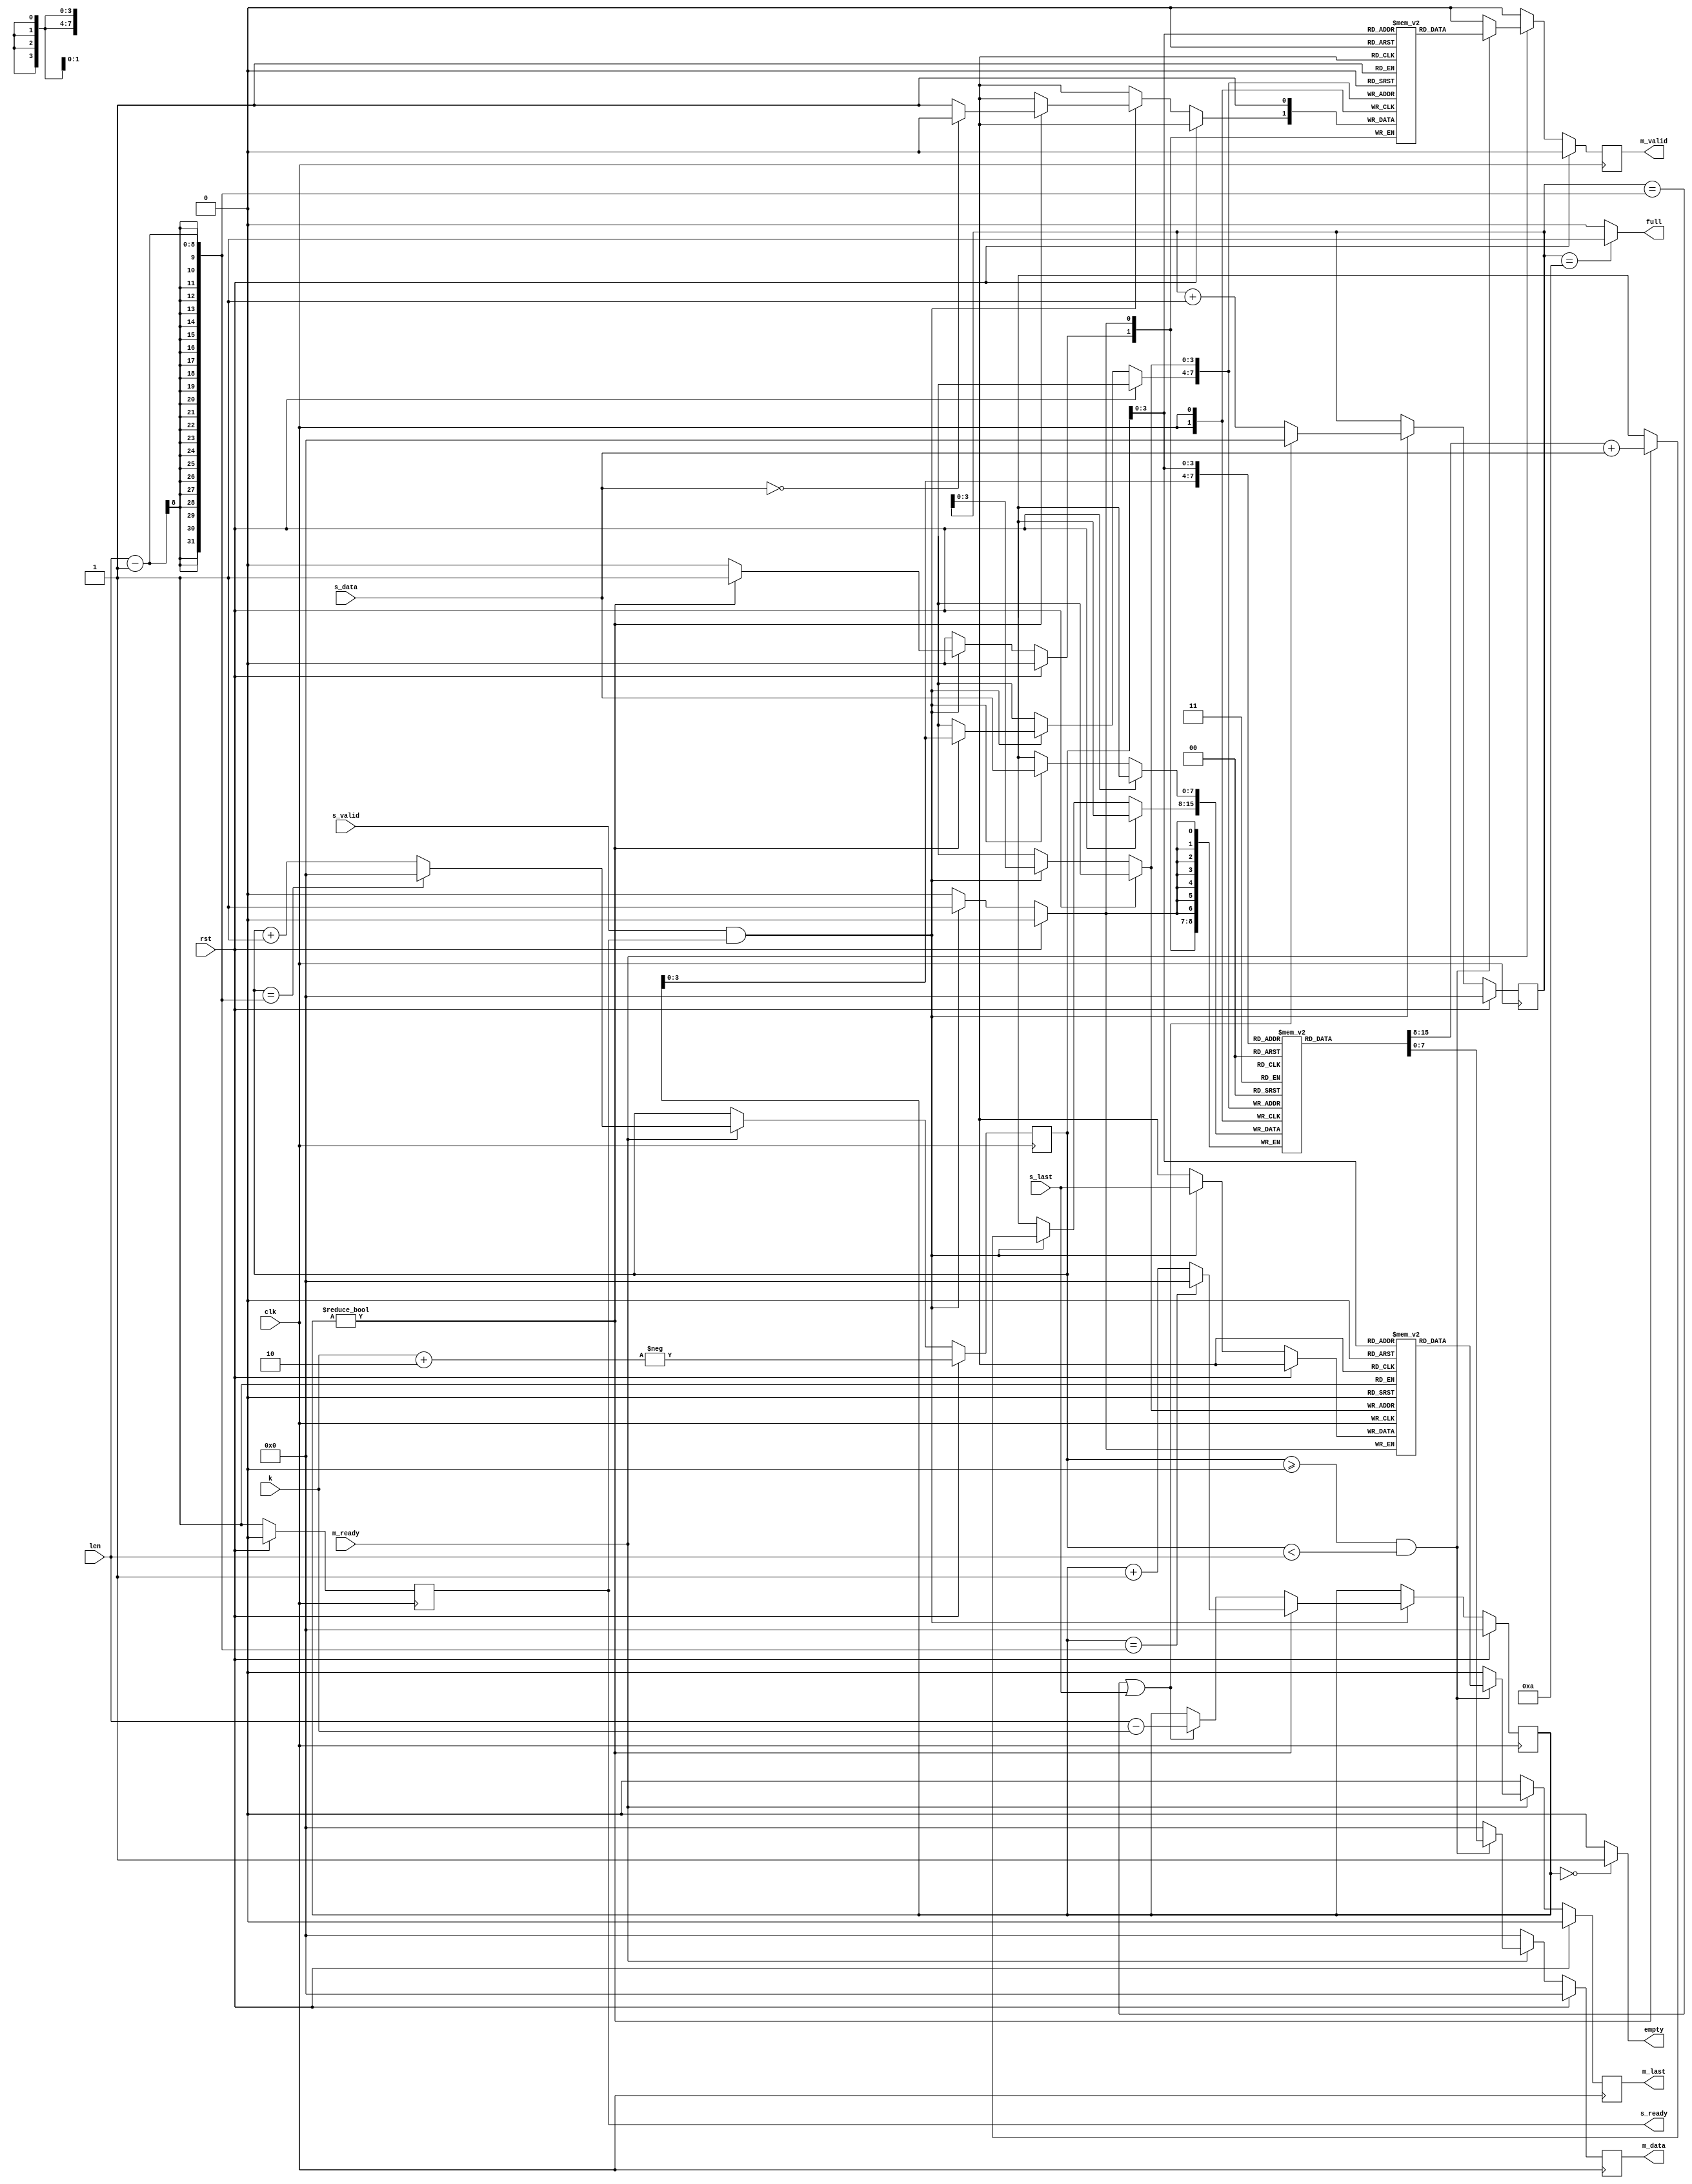
`timescale 1ns / 1ps
//////////////////////////////////////////////////////////////////////////////////
// Company: 
// Engineer: 
// 
// Design Name: 
// Module Name: assign2
// Project Name: 
// Target Devices: 
// Tool Versions: 
// Description: 
// 
// Dependencies: 
// 
// Revision:
// Revision 0.01 - File Created
// Additional Comments:
// 
//////////////////////////////////////////////////////////////////////////////////


module assign2 #(
    parameter Data_width = 8,  // Data width is 8 bits (1 byte)
    parameter Depth = 10     // Depth of the storage
)(
    input clk,
    input rst,
    
    // AXI Stream Slave Interface
    input [Data_width-1:0] s_data,
    input s_valid,
    input s_last,
    output reg s_ready,

    // Configuration input
    input [Data_width-1:0] k,  // Configuration for packet processing
    input [Data_width-1:0] len,// Length of the packet

    // AXI Stream Master Interface
    output reg [Data_width-1:0] m_data,
    output reg m_valid,
    output reg m_last,
    input m_ready,

    // Status signals
    output full,
    output empty
);
    integer i;
    reg [Data_width-1:0] data [Depth-1:0];  // Storage for incoming data
    reg valid [Depth-1:0];                  // Valid signal storage
    reg last [Depth-1:0];                   // Last signal storage
    reg [Data_width-1:0] wr_ptr1;               // Write pointer for incoming data
    reg [Data_width-1:0] rd_ptr;                // Read pointer for outgoing data
    reg [Data_width-1:0] wr_ptr2;               // Write pointer for processing

    initial 
    begin
        for(i = 0; i < Depth; i = i + 1) 
        begin
            data[i] = 0;
            valid[i] = 0;
            last[i] = 0;
        end
    end

    // Slave ready signal
    always @(posedge clk)
    begin
        if (rst)
            s_ready <= 0;
        else
            s_ready <= 1;
    end

    assign full = (wr_ptr1 == Depth) ? 1 : 0;
    assign empty = (wr_ptr2 == 0) ? 1 : 0;

    // Data storage and processing
    always @(posedge clk) begin
        if (rst) begin
            wr_ptr1 <= 0;
            wr_ptr2 <= 0;
        end 
        else if (s_valid && s_ready) 
        begin
            data[wr_ptr1] <= s_data;
            valid[wr_ptr1] <= 1;
            last[wr_ptr1] <= s_last;

            if (wr_ptr1 == len - 1 || s_last) 
            begin
                wr_ptr1 <= 0;
                wr_ptr2 <= len - k;
            end 
            else 
            begin
                wr_ptr1 <= wr_ptr1 + 1;
            end

            if (wr_ptr2 != 0) 
            begin
                data[wr_ptr2] <= data[wr_ptr2] + s_data;
                valid[wr_ptr2] <= (s_data == 0) ? 1'b0 : 1'b1;

                if (wr_ptr2 == len - 1) 
                begin
                    wr_ptr2 <= 0;
                end 
                else 
                begin
                    wr_ptr2 <= wr_ptr2 + 1;
                end
            end
        end
    end

    // Data retrieval and output
    always @(posedge clk) 
    begin
        if (rst) 
        begin
            rd_ptr <= -(k + 2);
            m_valid <= 0;
            m_last <= 0;
            m_data <= 0;
        end 
        else if (m_ready) 
        begin
            if (rd_ptr >= 0 && rd_ptr < len)
            begin
                m_valid <= valid[rd_ptr];
                m_last <= last[rd_ptr];
                m_data <= data[rd_ptr];
            end 
            else 
            begin
                m_valid <= 0;
                m_last <= 0;
                m_data <= 0;
            end

            if (rd_ptr == len - 1) 
            begin
                rd_ptr <= 0;
            end 
            else 
            begin
                rd_ptr <= rd_ptr + 1;
            end
        end
        else 
        begin
            m_valid <= 0;
            m_last <= 0;
            m_data <= 0;
        end
    end

endmodule